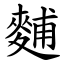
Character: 麱